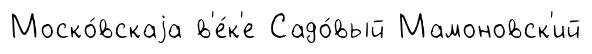
Моско́вскаjа в'е́к'е Садо́вый Мамоновск'ий